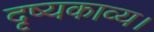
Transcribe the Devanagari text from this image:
दृष्यकाव्य।